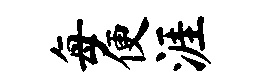
每便涯